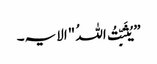
”یُثَبِّتُ اللہُ "الایہ۔